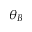
\theta _ { B }